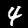
Label: 4